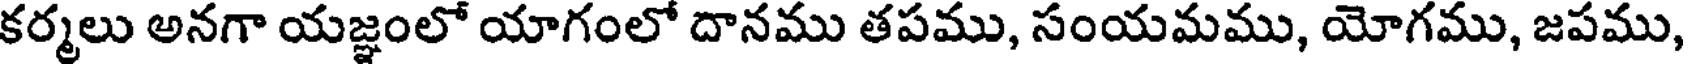
కర్మలు అనగా యజ్ఞంలో యాగంలో దానము తపము, సంయమము, యోగము, జపము,